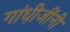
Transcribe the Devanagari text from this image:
गांधी़जींनी